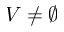
V \neq \emptyset